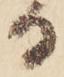
る